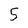
Character: 5